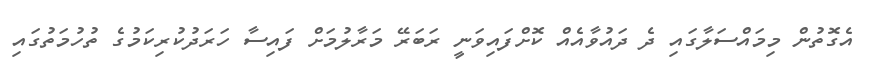
އެގޮތުން މިމައްސަލާގައި ދެ ދައުވާއެއް ކޮށްފައިވަނީ ރަބަރޭ މަރާލުމަށް ފައިސާ ހަރަދުކުރިކަމުގެ ތުހުމަތުގައި